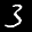
Label: 3